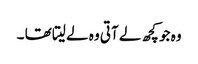
وہ جو کچھ لے آتی وہ لے لیتا تھا ۔